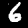
Digit: 6